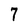
Character: 7